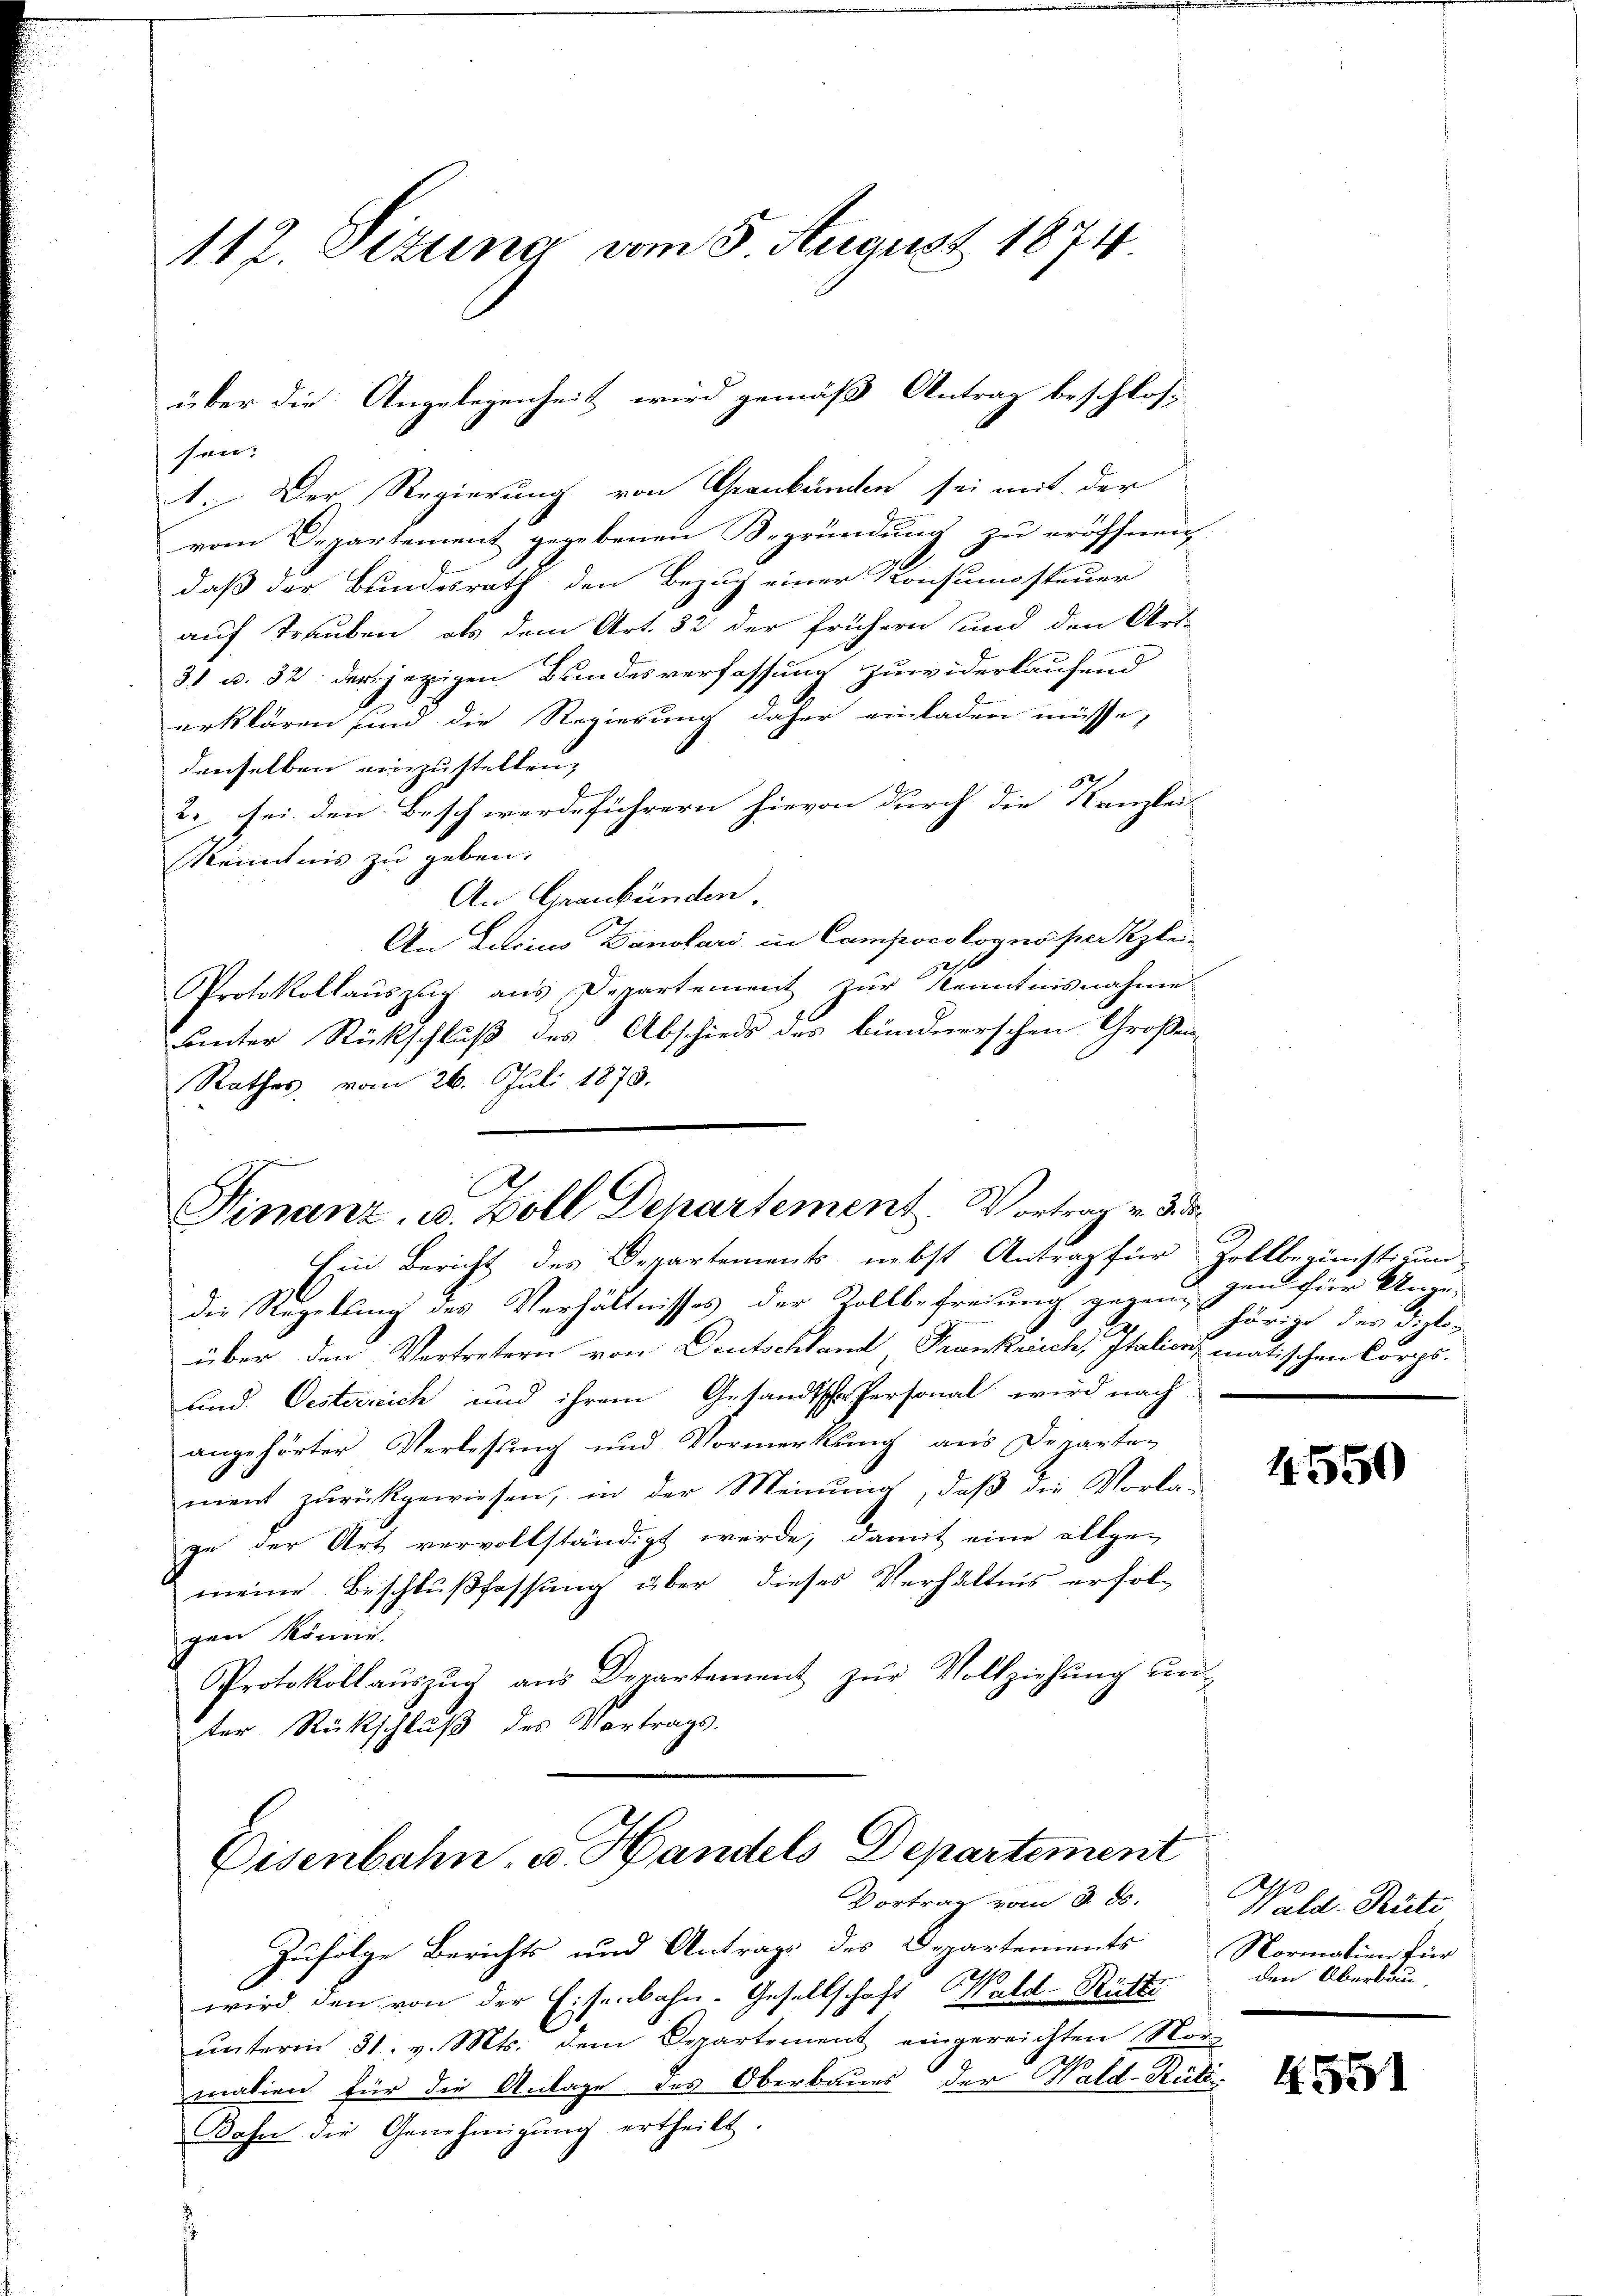
112. Situng vom 5. August 1874

san.
1. Der Regierung von Graubünden sei mit der
vom Departement gegebenen Begründung zu eröffnen,
daß der Bundesrath den Bezug einer Konsumsteuer
auf Trauben, als dem Art. 52 der frühern und den Art.
31 u. 32. der jezigen Bundesverfassung zuwiderkaufend
erklären und die Regierung daher einladen müsse,
denselben einzustellen;
87
2. sei den Beschwerdeführern hievon durch die Kanzlei-
Kenntnis zu geben.
An Graubünden.
An Lucius Danotari in Campoeologno perkzlei¬
Protokollaŭszŭg ans Departement zŭr Kenntnisnahme
unter Rückschluß des Abschieds des bündnerschen Großen
Rathes, vom 26. Juli 1873.
.

über die Angelegenheit wird gemäß Antrag beschlos

Finanz, u. Boll Departement. Vortrag v. 3. d.

Eisenbahn. v. Handels Departement
Vortrag vom 3. ds.

Ein Bericht des Departements, nebst Antrag für Zollbegünstium-
die Regelung des Verhältnisses der Zollbefreiung gegangst zu, der diploüber den Vortretern von Deutschland, Frankreich, Italien, einen entschen Corps.
und Oesterreich und ihrem Gesandtsche Personal wird nach
angehörter Verlesung und Vormerkung aus Departen
A
ment zŭrückgewiesen, in der Meinŭng, daβ die Vorla-
ge der Art vervollständigt werde, damit eine allge-
meine Beschlußfassung über dieses Verhältnis erfolgen könne.
Protokollaŭszŭg aŭs Departement zŭr Vollziehŭng ŭn-
ter Rückschluß des Vortrags

Zufolge Berichts und Antrags des Departements Normalien für
wird den von der Eisenbahn-Gesellschaft Wald-Rütti
ŭnterm 31. v. Mts. dem Departement eingereichten Vor-
mation für die Anlage des Oberbaues der Wald-Rück¬
Bahn die Genehmigŭng ertheilt.

gen für Uner-

4550

Wald-Rute
den Überbau

4551